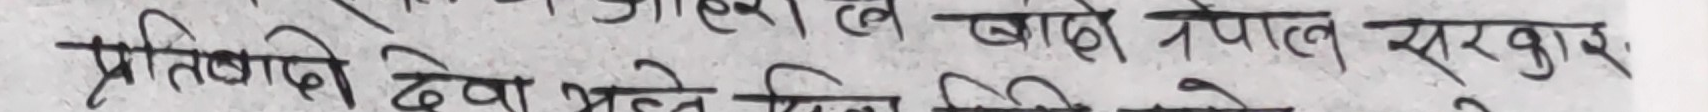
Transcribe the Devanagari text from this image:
प्रतिष्ठाने देखि भन्ने दिन लिने गरेर